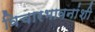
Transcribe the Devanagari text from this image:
विचारभावनांशी